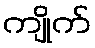
ကျိုက်